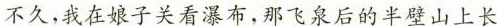
不久，我在娘子关看瀑布，那飞泉后的半壁山上长